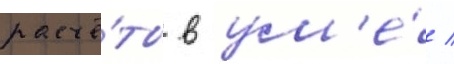
расчё́ты в ум'е́ /